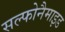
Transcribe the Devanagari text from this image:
सल्फोनैमाइड